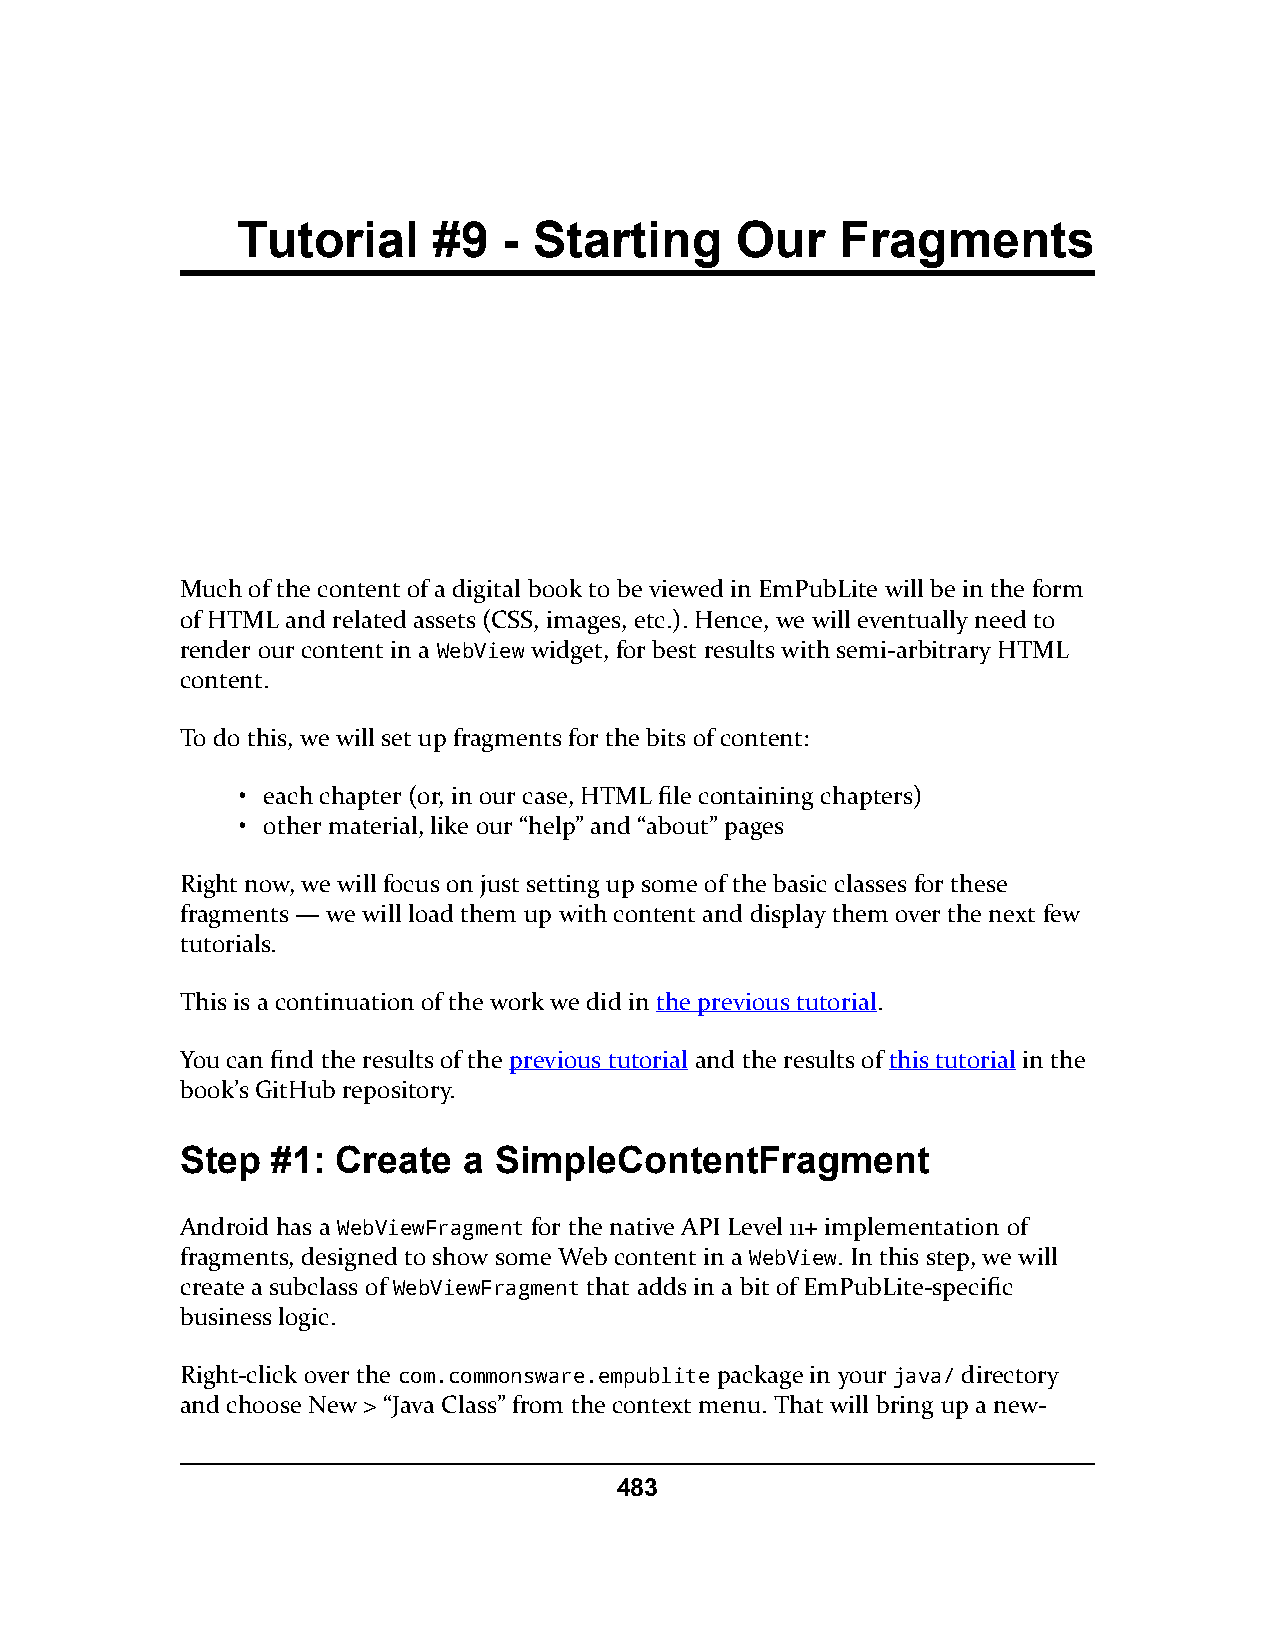
Tutorial     #9  - Starting      Our    Fragments
 Much of the content of a digital book to be viewed in EmPubLite will be in the form
 of HTML and related assets (CSS, images, etc.). Hence, we will eventually need to
 render our content in a WebView widget, for best results with semi-arbitrary HTML
 content.
 To do this, we will set up fragments for the bits of content:
 • each chapter (or, in our case, HTML file containing chapters)
 • other material, like our “help” and “about” pages
 Right now, we will focus on just setting up some of the basic classes for these
 fragments — we will load them up with content and display them over the next few
 tutorials.
 This is a continuation of the work we did in the previous tutorial.
 You can find the results of the previous tutorial and the results of this tutorial in the
 book’s GitHub repository.
 Step  #1: Create   a SimpleContentFragment
 Android has a WebViewFragment for the native API Level 11+ implementation of
 fragments, designed to show some Web content in a WebView. In this step, we will
 create a subclass of WebViewFragment that adds in a bit of EmPubLite-specific
 business logic.
 Right-click over the com.commonsware.empublite package in your java/ directory
 and choose New > “Java Class” from the context menu. That will bring up a new-
 483